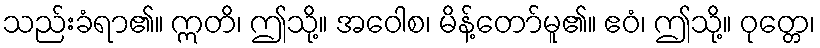
သည်းခံရာ၏။ ဣတိ၊ ဤသို့။ အဝေါစ၊ မိန့်တော်မူ၏။ ဧဝံ၊ ဤသို့။ ဝုတ္တေ၊